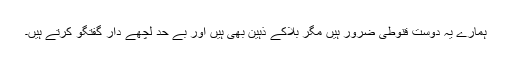
ہمارے یہ دوست قنوطی ضرور ہیں مگر بلاکے ذہین بھی ہیں اور بے حد لچھے دار گفتگو کرتے ہیں۔